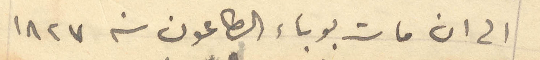
الى ان مات بوباء الطاعون سنة 1827